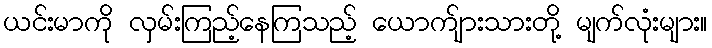
ယင်းမာကို လှမ်းကြည့်နေကြသည့် ယောက်ျားသားတို့ မျက်လုံးများ။